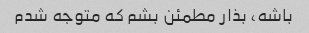
باشه، بذار مطمئن بشم که متوجه شدم